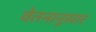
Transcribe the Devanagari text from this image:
वेतनानुसार